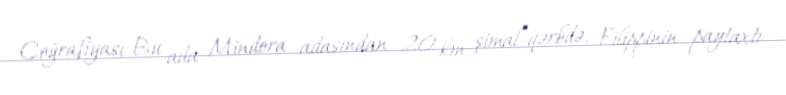
Coğrafiyası Bu ada Mindora adasından 20 km şimal-qərbdə, Filippinin paytaxtı